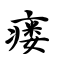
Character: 瘘